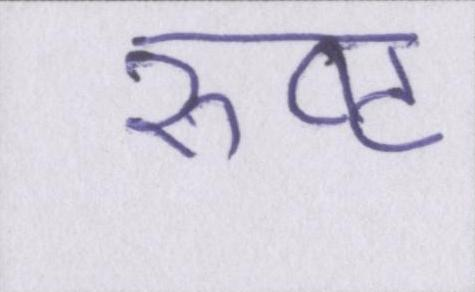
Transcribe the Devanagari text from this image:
रुष्ट